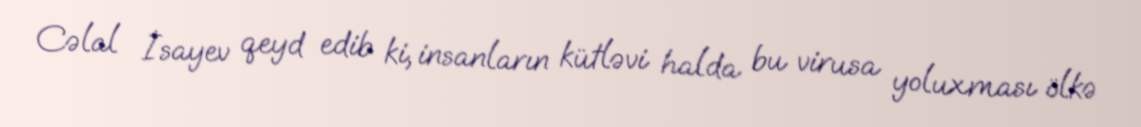
Cəlal İsayev qeyd edib ki, insanların kütləvi halda bu virusa yoluxması ölkə